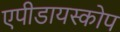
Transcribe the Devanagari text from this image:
एपीडायस्कोप